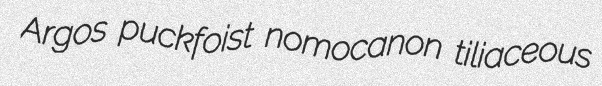
Argos puckfoist nomocanon tiliaceous